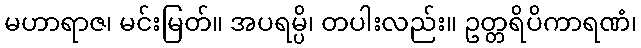
မဟာရာဇ၊ မင်းမြတ်။ အပရမ္ပိ၊ တပါးလည်း။ ဥတ္တရိပိကာရဏံ၊